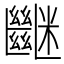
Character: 𥽠